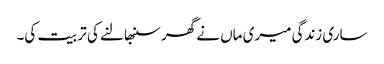
ساری زندگی میری ماں نے گھر سنبھالنے کی تربیت کی۔